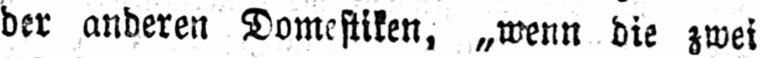
der anderen Domestiken, „wenn die zwei